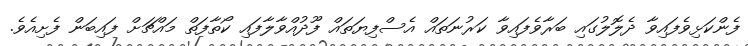
ފެންކަޅިވެފައިވާ ދެލޮލުގައި ބަރާވެފައިވާ ކަރުނަތައް އެސްފިޔަތައް ފޫދުއްވާލާފައި ކޯތާފަތް މައްޗަށް ފައިބަން ފެށިއެވެ.